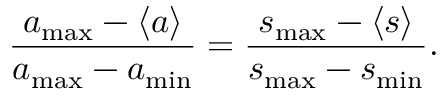
\frac { a _ { \operatorname* { m a x } } - \langle a \rangle } { a _ { \operatorname* { m a x } } - a _ { \operatorname* { m i n } } } = \frac { s _ { \operatorname* { m a x } } - \langle s \rangle } { s _ { \operatorname* { m a x } } - s _ { \operatorname* { m i n } } } .